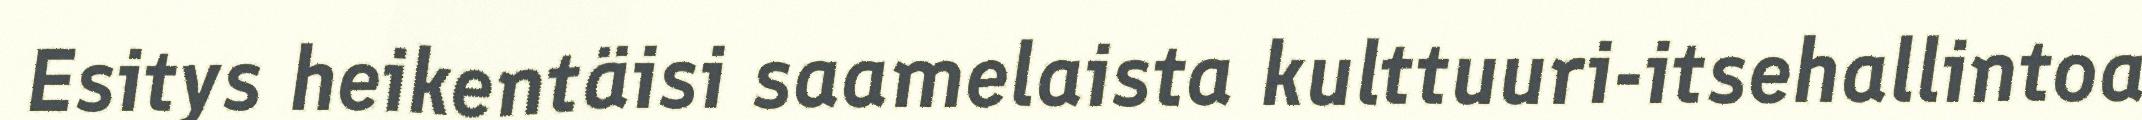
Esitys heikentäisi saamelaista kulttuuri-itsehallintoa